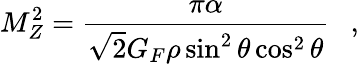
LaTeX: M_{Z}^{2}=\frac{\pi\alpha}{\sqrt{2}G_{F}\rho\sin^{2}\theta\cos^{2}\theta}{}~~~,